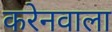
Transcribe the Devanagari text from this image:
करेनवाला